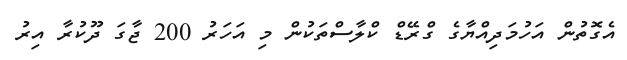
އެގޮތުން އަހުމަދިއްޔާގެ ގްރޭޑް ކްލާސްތަކުން މި އަހަރު 200 ޖާގަ ދޫކުރާ އިރު